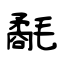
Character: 氄